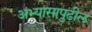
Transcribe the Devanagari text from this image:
अभ्यासापुढील